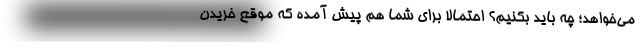
می‌خواهد؛ چه باید بکنیم؟ احتمالا برای شما هم پیش آمده که موقع خریدن